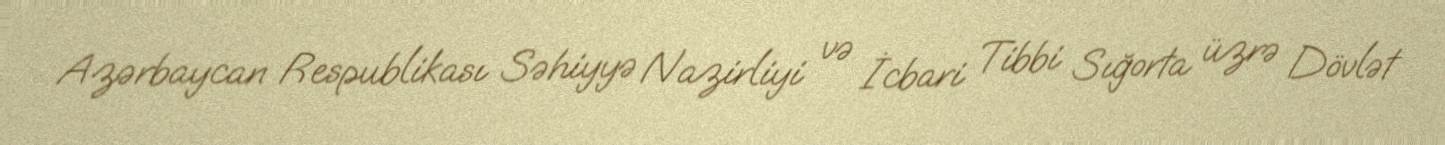
Azərbaycan Respublikası Səhiyyə Nazirliyi və İcbari Tibbi Sığorta üzrə Dövlət